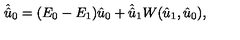
\hat { \hat { u } } _ { 0 } = ( E _ { 0 } - E _ { 1 } ) \hat { u } _ { 0 } + \hat { \hat { u } } _ { 1 } { } W ( \hat { u } _ { 1 } , \hat { u } _ { 0 } ) ,